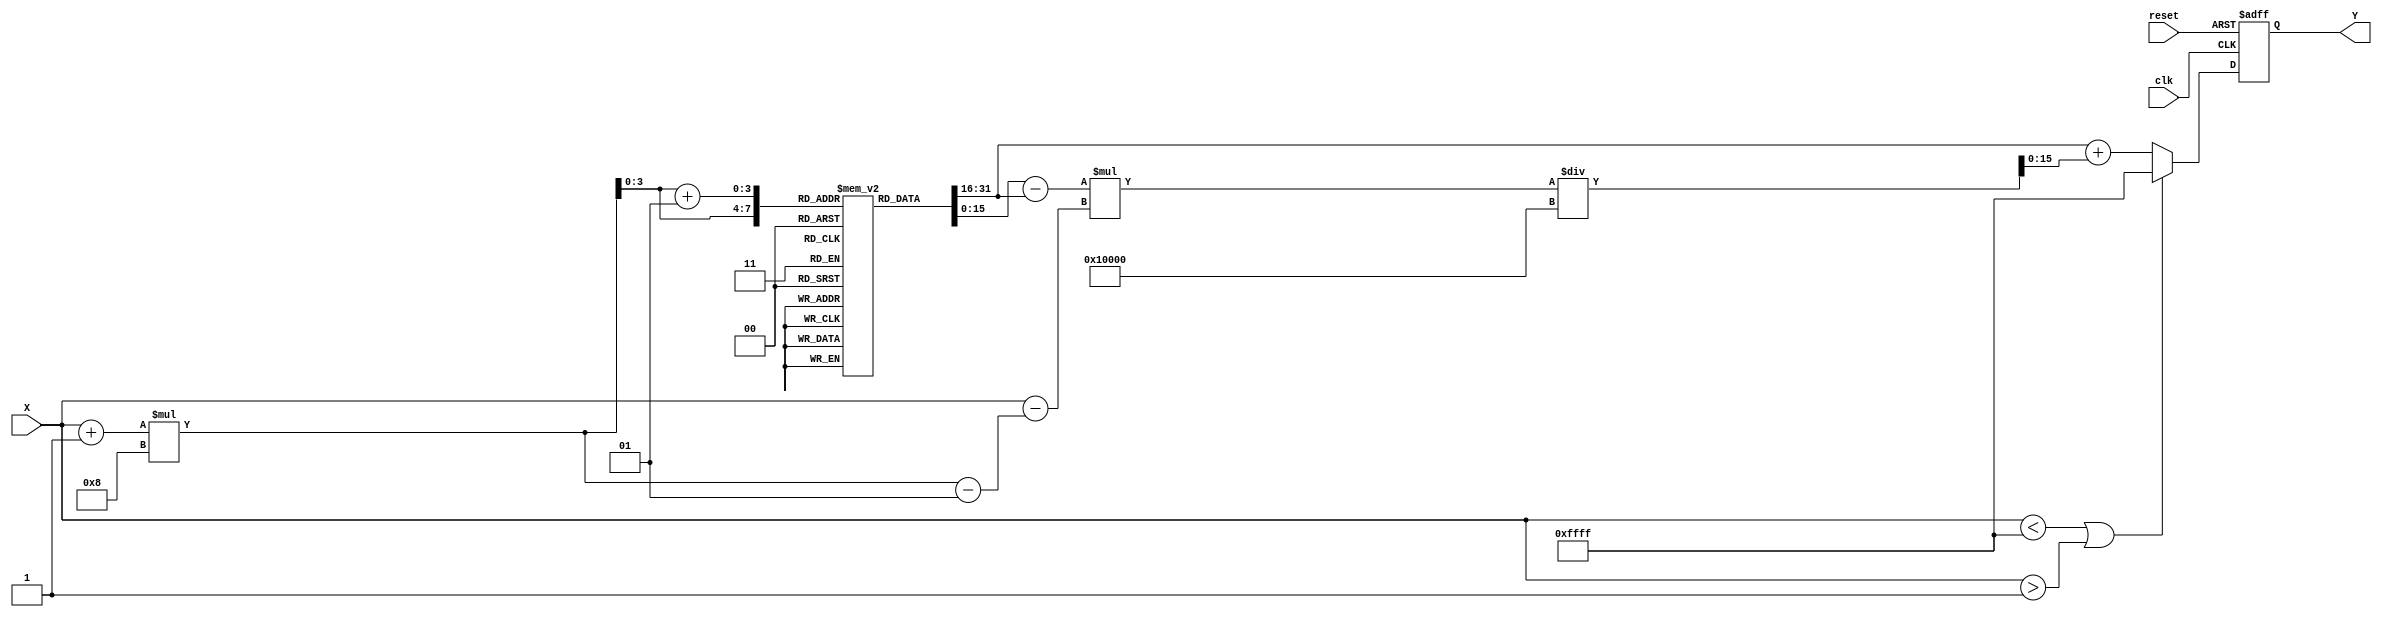
module asin_block (
    input wire clk,
    input wire reset,
    input wire signed [15:0] X, // Input sine value in fixed-point format
    output reg signed [15:0] Y   // Output angle in radians in fixed-point format
);

    // Define constants
    localparam signed [15:0] PI_OVER_2 = 16'h1FFC; // /2 in fixed-point (assuming 16-bit fixed-point)
    localparam signed [15:0] NEG_PI_OVER_2 = -16'h1FFC; // -/2 in fixed-point
    localparam signed [15:0] LUT_SIZE = 16; // Size of the lookup table

    // Lookup table for asin values (pre-computed)
    reg signed [15:0] lut [0:LUT_SIZE-1];

    // Initialize the lookup table with pre-computed asin values
    initial begin
        lut[0] = NEG_PI_OVER_2; // asin(-1)
        lut[1] = -16'h1F00; // asin(-0.9)
        lut[2] = -16'h1E00; // asin(-0.8)
        lut[3] = -16'h1D00; // asin(-0.7)
        lut[4] = -16'h1C00; // asin(-0.6)
        lut[5] = -16'h1B00; // asin(-0.5)
        lut[6] = -16'h1800; // asin(-0.4)
        lut[7] = -16'h1400; // asin(-0.3)
        lut[8] = -16'h1000; // asin(-0.2)
        lut[9] = 0;         // asin(0)
        lut[10] = 16'h1000; // asin(0.2)
        lut[11] = 16'h1400; // asin(0.3)
        lut[12] = 16'h1800; // asin(0.4)
        lut[13] = 16'h1B00; // asin(0.5)
        lut[14] = 16'h1C00; // asin(0.6)
        lut[15] = 16'h1D00; // asin(0.7)
        lut[16] = 16'h1E00; // asin(0.8)
        lut[17] = 16'h1F00; // asin(0.9)
        lut[18] = PI_OVER_2; // asin(1)
    end

    // Internal signals for computation
    reg signed [15:0] lut_index;
    reg signed [15:0] lut_value1, lut_value2;
    reg signed [15:0] interp_value;

    always @(posedge clk or posedge reset) begin
        if (reset) begin
            Y <= 0; // Reset output to 0
        end else begin
            // Input validation
            if (X < -16'h1 || X > 16'h1) begin
                Y <= 16'hFFFF; // Output NaN or error signal
            end else begin
                // Determine LUT index
                lut_index = (X + 16'h1) * (LUT_SIZE / 2); // Scale input to LUT index range

                // Get LUT values for interpolation
                lut_value1 = lut[lut_index];
                lut_value2 = lut[lut_index + 1];

                // Linear interpolation
                interp_value = lut_value1 + ((lut_value2 - lut_value1) * (X - (lut_index - 1))) / (2**16);

                // Assign interpolated value to output
                Y <= interp_value;
            end
        end
    end

endmodule